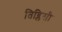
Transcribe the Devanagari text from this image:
तिब्लिसी